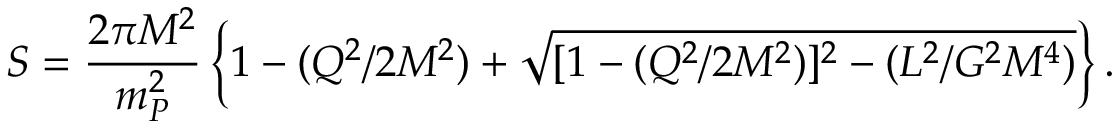
S = { \frac { 2 \pi M ^ { 2 } } { m _ { P } ^ { 2 } } } \left\{ 1 - ( Q ^ { 2 } / 2 M ^ { 2 } ) + \sqrt { [ 1 - ( Q ^ { 2 } / 2 M ^ { 2 } ) ] ^ { 2 } - ( L ^ { 2 } / G ^ { 2 } M ^ { 4 } ) } \right\} .